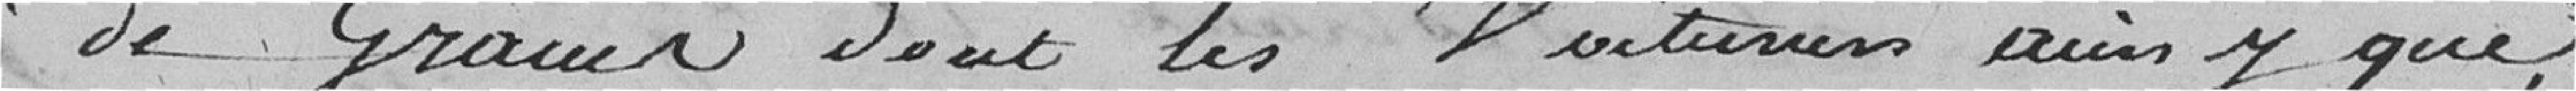
de grains dont les voituriers aux y que